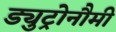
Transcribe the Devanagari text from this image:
ड्युट्रोनौमी